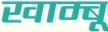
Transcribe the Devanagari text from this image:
खाम्बू